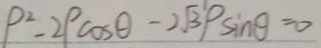
P ^ { 2 } - 2 P \cos \theta - 2 \sqrt { 3 } P \sin \theta = 0